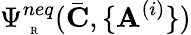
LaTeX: \Psi_{\mathrm{~\tiny~R~}}^{neq}(\bar{\mathbf{C}},\{ \mathbf{A}^{(i)}\} )